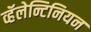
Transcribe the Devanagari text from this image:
व्हॅलेन्टिनियन